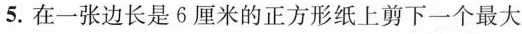
5.在一张边长是6厘米的正方形纸上剪下一个最大